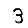
Digit: 3